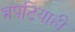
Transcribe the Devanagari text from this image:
भपटियाही